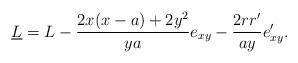
LaTeX: \begin{align*}\underline{L} = L - {2 x (x - a) + 2y^2 \over y a} e_{x y} - {2 r r' \over a y} e_{x y}'.\end{align*}